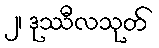
၂၊ ဒုဿီလသုတ်